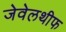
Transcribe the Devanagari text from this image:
जेवेलथीफ